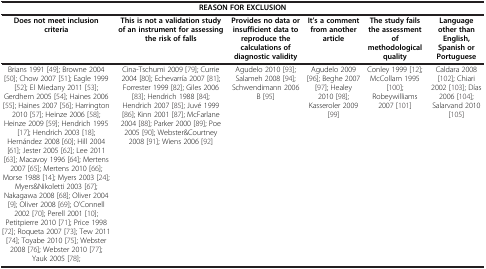
<table><thead><tr><td colspan="6"><b>REASON FOR EXCLUSION</b></td></tr><tr><td><b>Does not meet inclusion criteria</b></td><td><b>This is not a validation study of an instrument for assessing the risk of falls</b></td><td><b>Provides no data or insufficient data to reproduce the calculations of diagnostic validity</b></td><td><b>It’s a comment from another article</b></td><td><b>The study fails the assessment of methodological quality</b></td><td><b>Language other than English, Spanish or Portuguese</b></td></tr></thead><tbody><tr><td>Brians 1991 [49]; Browne 2004 [50]; Chow 2007 [51]; Eagle 1999 [52]; El Miedany 2011 [53]; Gerdhem 2005 [54]; Haines 2006 [55]; Haines 2007 [56]; Harrington 2010 [57]; Heinze 2006 [58]; Heinze 2009 [59]; Hendrich 1995 [17]; Hendrich 2003 [18]; Hernández 2008 [60]; Hill 2004 [61]; Jester 2005 [62]; Lee 2011 [63]; Macavoy 1996 [64]; Mertens 2007 [65]; Mertens 2010 [66]; Morse 1988 [14]; Myers 2003 [24]; Myers&amp;Nikoletti 2003 [67]; Nakagawa 2008 [68]; Oliver 2004 [9]; Oliver 2008 [69]; O’Connell 2002 [70]; Perell 2001 [10]; Petitpierre 2010 [71]; Price 1998 [72]; Roqueta 2007 [73]; Tew 2011 [74]; Toyabe 2010 [75]; Webster 2008 [76]; Webster 2010 [77]; Yauk 2005 [78];</td><td>Cina-Tschumi 2009 [79]; Currie 2004 [80]; Echevarría 2007 [81]; Forrester 1999 [82]; Giles 2006 [83]; Hendrich 1988 [84]; Hendrich 2007 [85]; Juvé 1999 [86]; Kinn 2001 [87]; McFarlane 2004 [88]; Parker 2000 [89]; Poe 2005 [90]; Webster&amp;Courtney 2008 [91]; Wiens 2006 [92]</td><td>Agudelo 2010 [93]; Salameh 2008 [94]; Schwendimann 2006 B [95]</td><td>Agudelo 2009 [96]; Beghe 2007 [97]; Healey 2010 [98]; Kasseroler 2009 [99]</td><td>Conley 1999 [12]; McCollam 1995 [100]; Robeywilliams 2007 [101]</td><td>Caldara 2008 [102]; Chiari 2002 [103]; Días 2006 [104]; Salarvand 2010 [105]</td></tr></tbody></table>